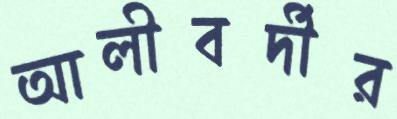
আলীবর্দীর